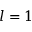
l = 1